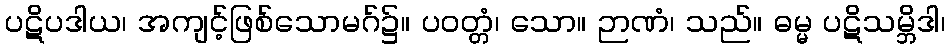
ပဋိပဒါယ၊ အကျင့်ဖြစ်သောမဂ်၌။ ပဝတ္တံ၊ သော။ ဉာဏံ၊ သည်။ ဓမ္မ ပဋိသမ္ဘိဒါ၊